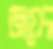
জয়েদ